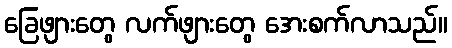
ခြေဖျားတွေ လက်ဖျားတွေ အေးစက်လာသည်။